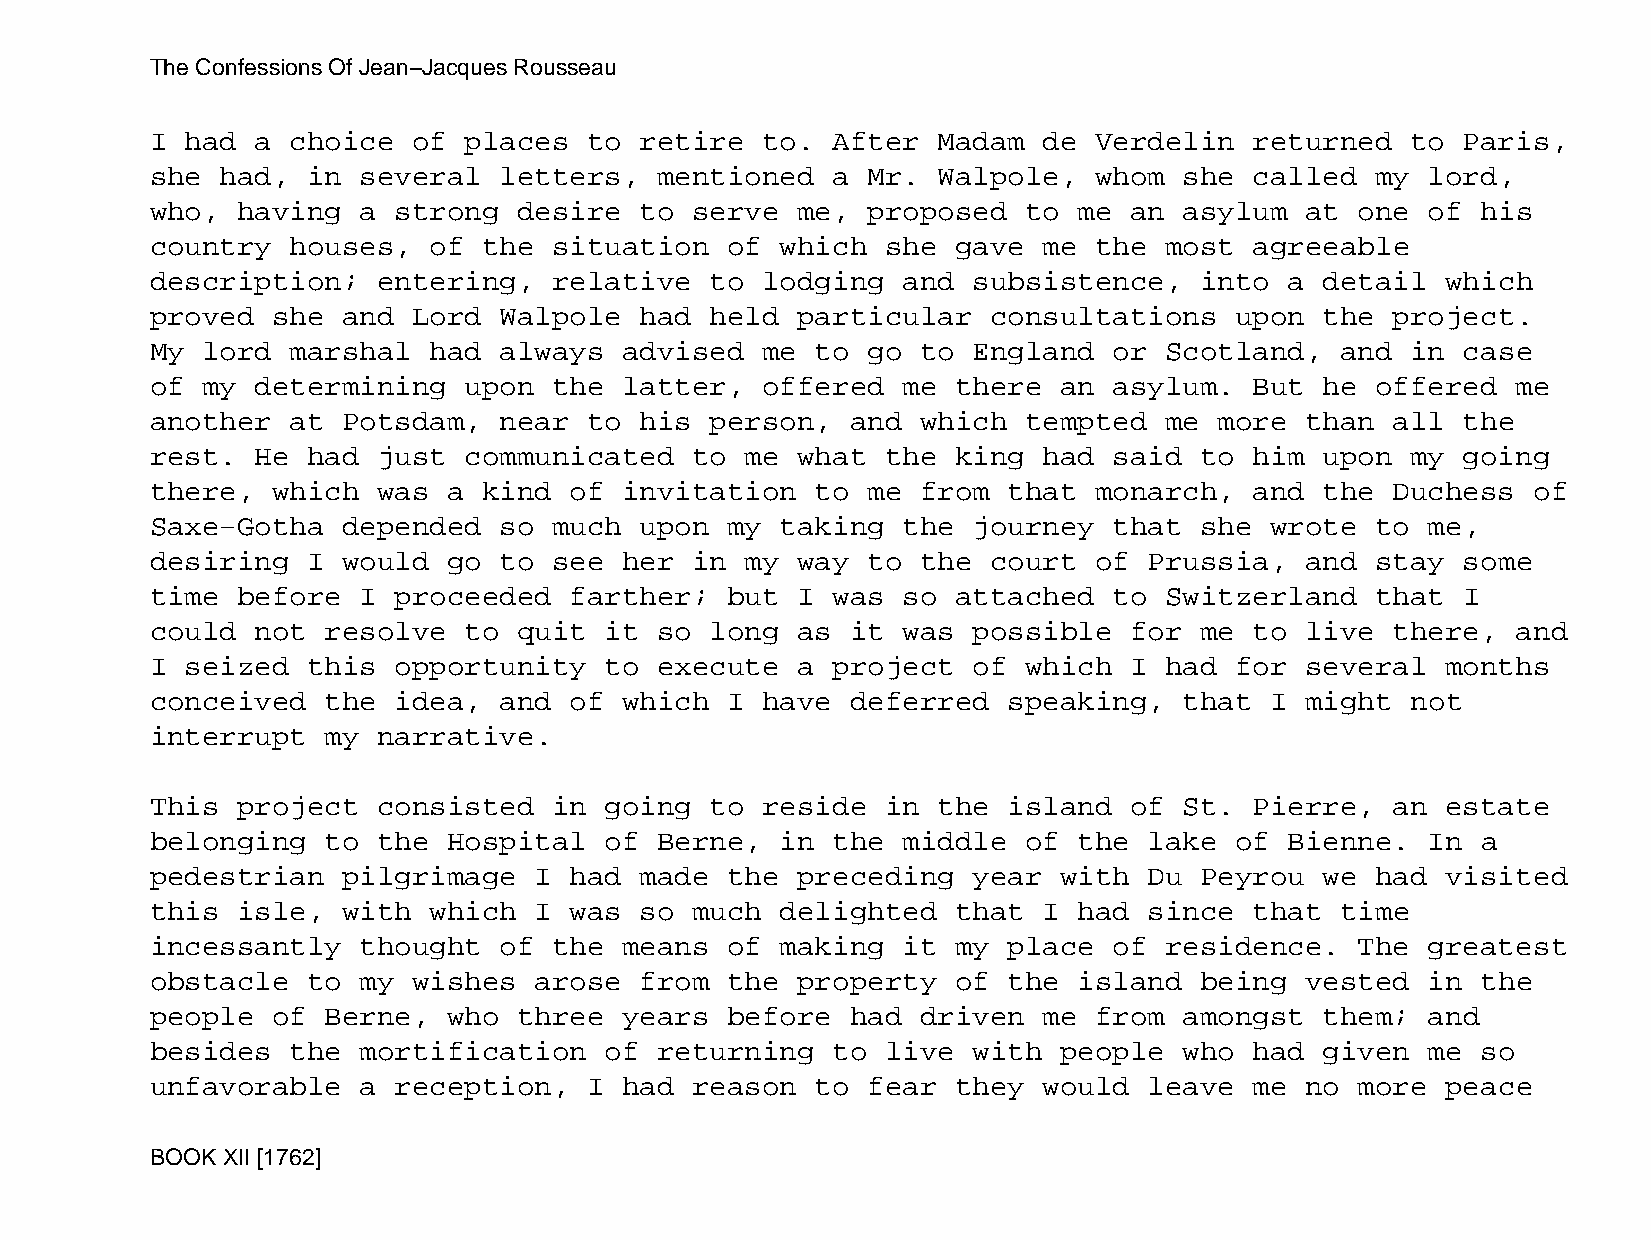
The Confessions Of Jean−Jacques Rousseau
 I had  a choice  of  places  to retire  to.  After  Madam  de Verdelin   returned  to  Paris,
 she  had, in  several  letters,   mentioned  a Mr.  Walpole,  whom  she  called  my  lord,
 who,  having  a strong  desire  to  serve  me, proposed   to me  an asylum  at  one  of his
 country  houses,  of  the  situation  of  which  she gave  me the  most  agreeable
 description;   entering,   relative  to lodging   and subsistence,   into  a  detail  which
 proved  she  and Lord  Walpole  had  held  particular   consultations   upon  the project.
 My lord  marshal  had  always  advised  me  to go  to England   or Scotland,   and in  case
 of my  determining   upon  the latter,  offered   me there  an  asylum.  But  he offered  me
 another  at  Potsdam,  near  to his  person,  and  which  tempted  me  more than  all  the
 rest.  He had  just  communicated   to me  what  the king  had  said to  him  upon my  going
 there,  which  was  a kind  of invitation   to me  from  that monarch,   and  the Duchess  of
 Saxe−Gotha   depended  so  much upon  my  taking  the journey   that she  wrote  to  me,
 desiring  I  would  go to  see her  in my  way to  the  court of  Prussia,  and  stay  some
 time  before  I proceeded   farther;  but  I was  so attached   to Switzerland   that  I
 could  not  resolve  to quit  it  so long  as it  was possible   for me  to live  there,  and
 I seized  this  opportunity   to  execute  a project  of  which  I had  for several   months
 conceived   the idea,  and  of which  I have  deferred   speaking,  that  I might  not
 interrupt   my narrative.
 This  project  consisted   in going  to reside   in the  island  of St.  Pierre,  an  estate
 belonging   to the  Hospital  of  Berne,  in the  middle  of the  lake  of Bienne.   In a
 pedestrian   pilgrimage  I  had made  the  preceding  year  with  Du Peyrou   we had  visited
 this  isle,  with which  I  was so  much  delighted  that  I had  since  that  time
 incessantly   thought  of  the means  of  making  it my  place  of residence.   The  greatest
 obstacle  to  my wishes  arose  from  the  property  of  the island  being  vested   in the
 people  of  Berne,  who three  years  before  had  driven  me from  amongst   them;  and
 besides  the  mortification   of  returning  to  live with  people  who  had  given  me so
 unfavorable   a reception,   I had  reason  to fear  they  would  leave  me no  more  peace
 BOOK XII [1762]